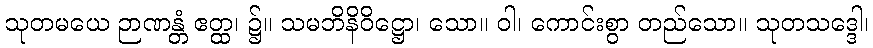
သုတမယေ ဉာဏန္တံ ဧတ္ထ၊ ၌။ သမဘိနိဝိဋ္ဌော၊ သော။ ဝါ၊ ကောင်းစွာ တည်သော။ သုတသဒ္ဒေါ၊